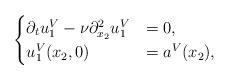
LaTeX: \begin{align*}\begin{cases} \partial_t u^V_1 -\nu\partial_{x_2}^2 u^V_1 &= 0, \\ u^V_1(x_2,0) &= a^V(x_2),\end{cases}\end{align*}